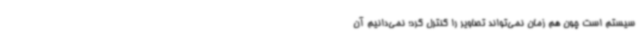
سیستم است چون هم زمان نمی‌تواند تصاویر را کنترل کرد؛ نمی‌دانیم آن